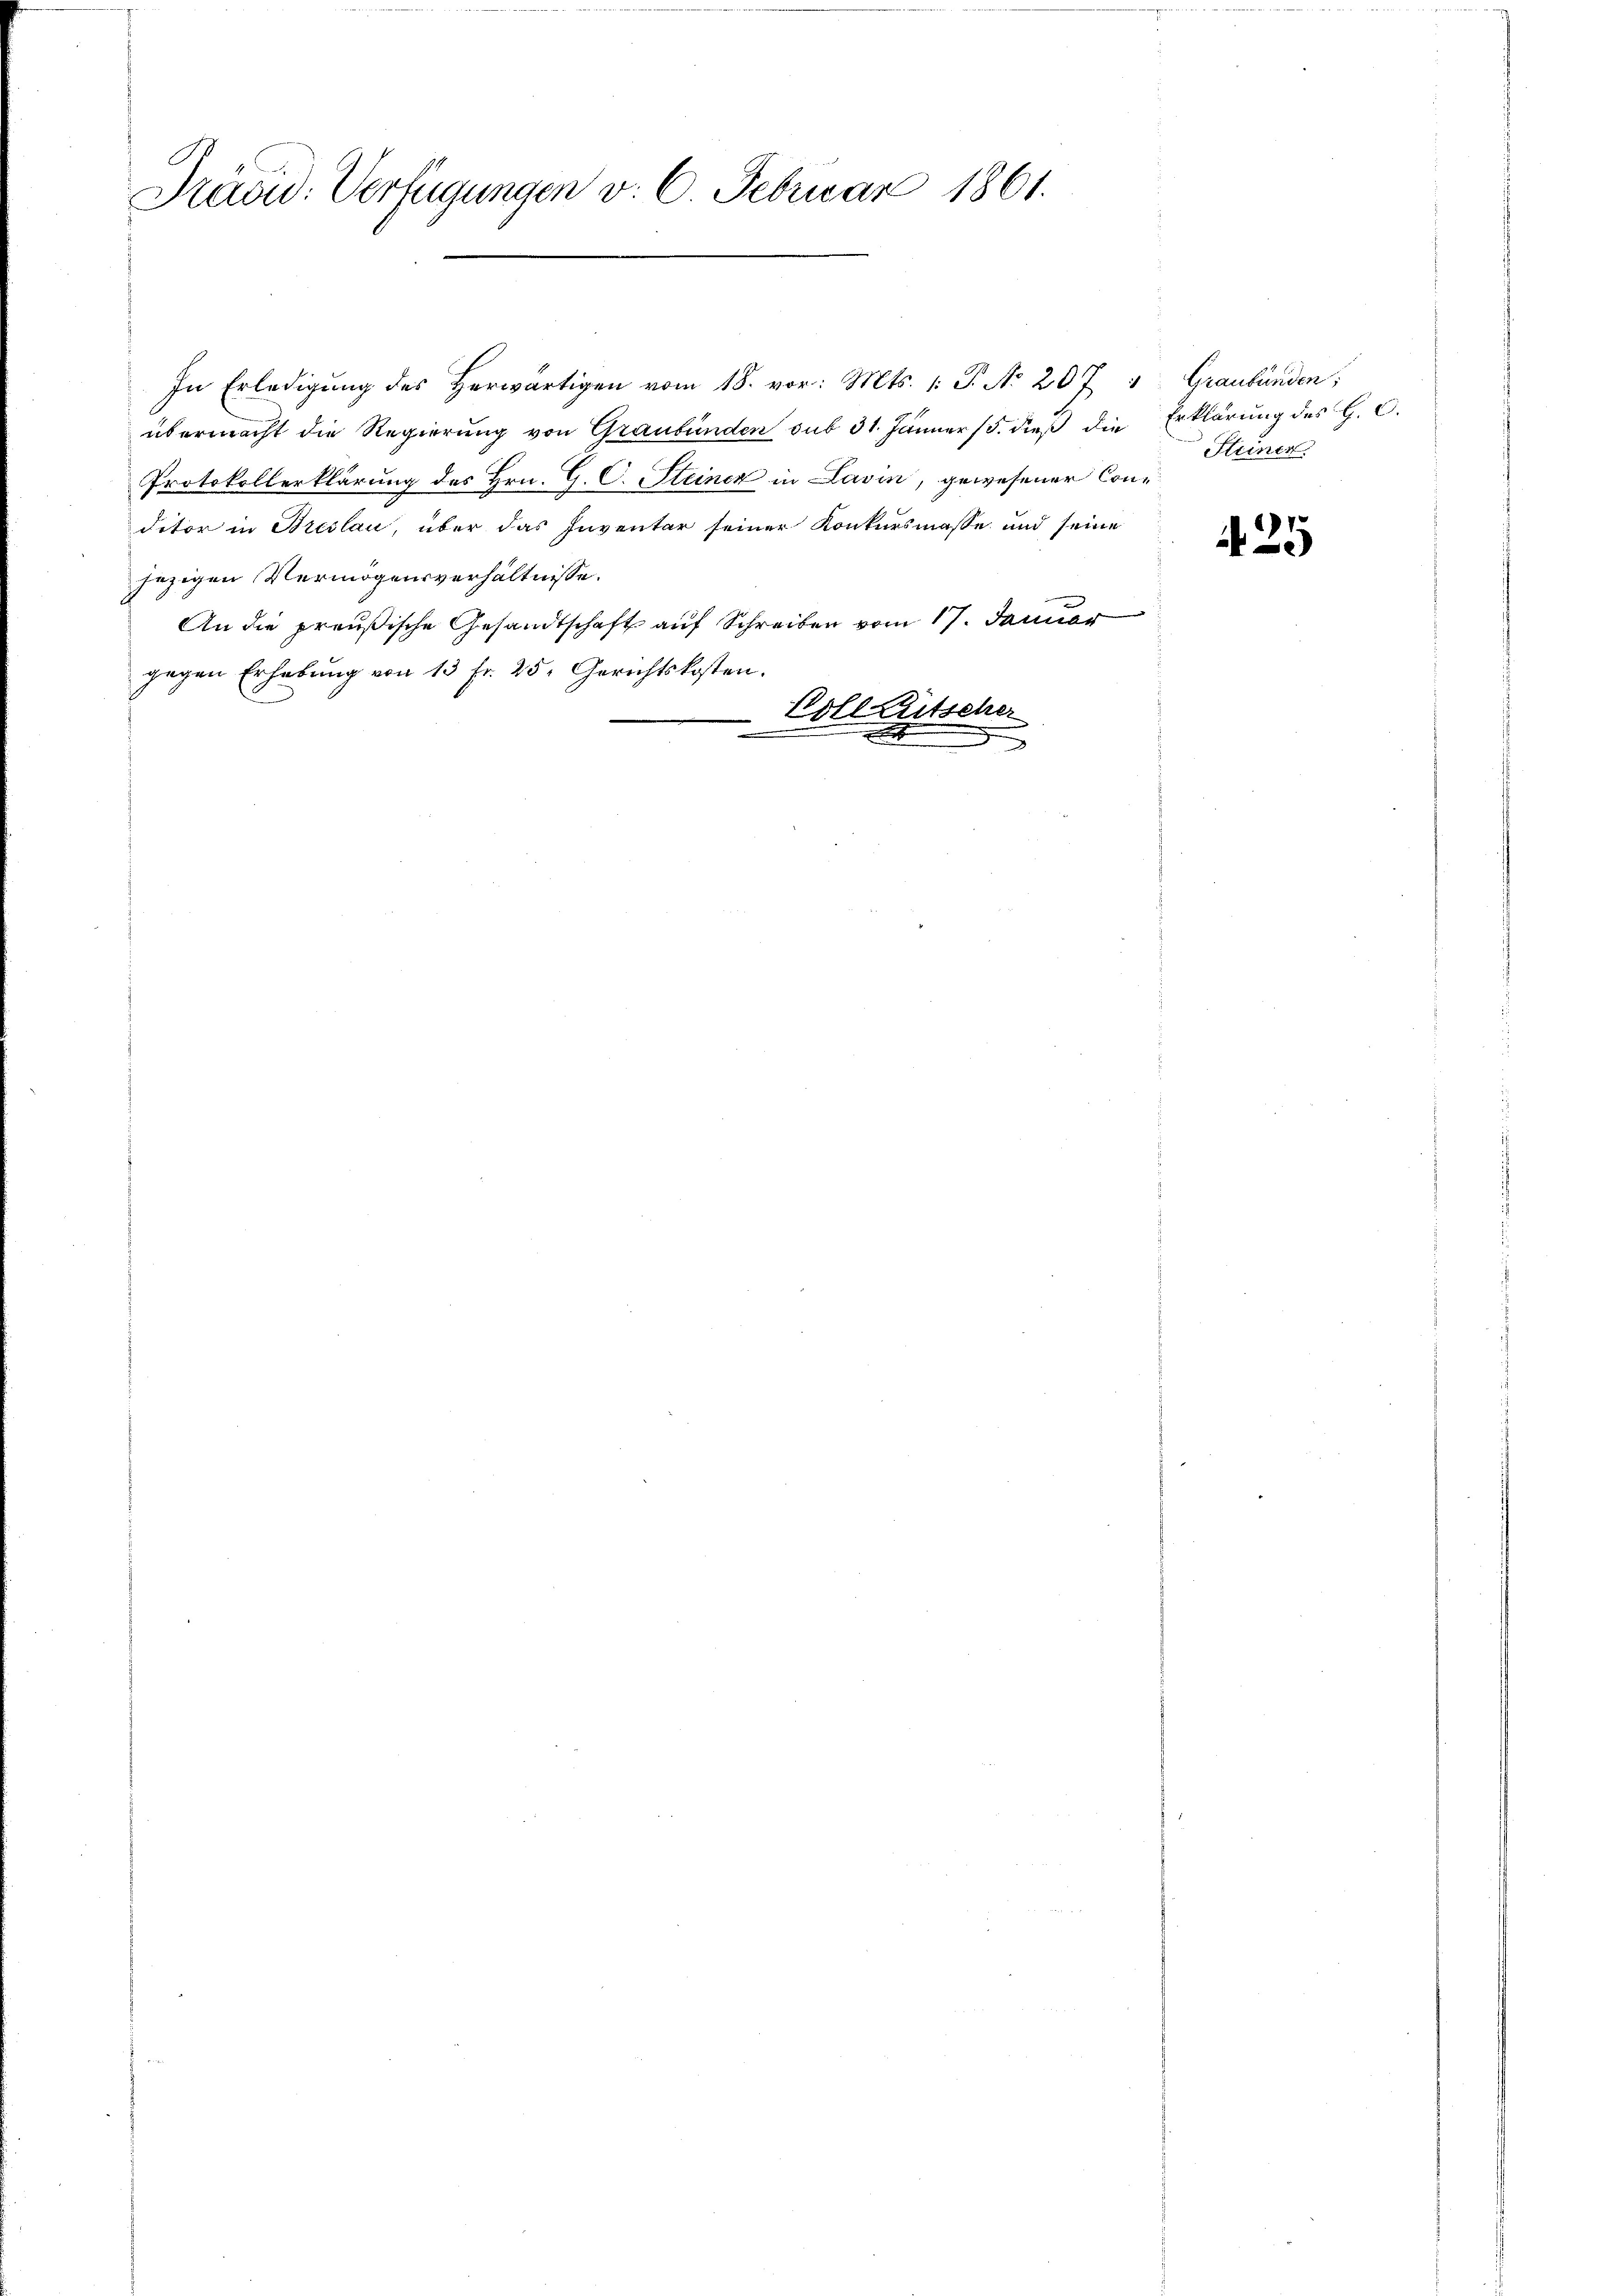
Previd. Verfügungen v. 6. Februar 1861.

In Erledigŭng des herwärtigen vom 18. vor. Mts. 1. P. Nr. 207 " Graubünden;
übermacht die Regierung von Graubünden sub 31. Jänner 15. dieß die Erklärung des H. C.
Protokollerklärung des Hrn. G. C. Steincz in Lavin, gewesener Conditor in Breslau, über das Inventar seiner Konkursmasse und seine
jezigen Vermögensverhältnisse.
An die preußische Gesandtschaft auf Schreiben vom 17. Januar
gegen Erhebung von 13 fr. 25. Gerichtskosten.
Coll Ritscher

.

Steinen

25